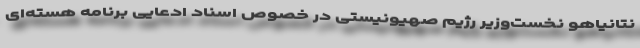
نتانیاهو نخست‌وزیر رژیم صهیونیستی در خصوص اسناد ادعایی برنامه هسته‌ای